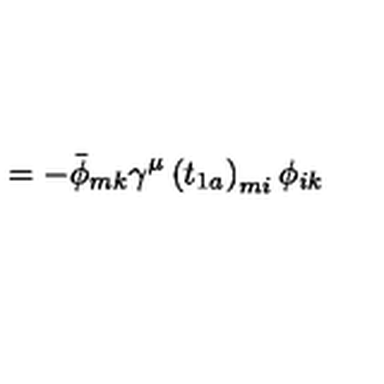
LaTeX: \qquad \qquad \qquad \qquad \qquad \qquad \qquad \qquad \qquad = - \bar { \phi } _ { m k } \gamma ^ { \mu } \left( t _ { 1 a } \right) _ { m i } \phi _ { i k }